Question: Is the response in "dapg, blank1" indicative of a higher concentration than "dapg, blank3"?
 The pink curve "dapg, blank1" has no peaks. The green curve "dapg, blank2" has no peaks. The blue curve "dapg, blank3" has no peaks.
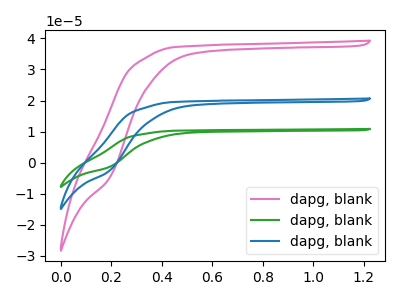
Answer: <think>Neither "dapg, blank1" or "dapg, blank3" have any peaks.
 </think>
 <answer>I cant tell if "dapg, blank1" or "dapg, blank3" has more signal.</answer>
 <eval>mixed_signal</eval>